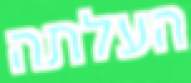
העלתה